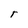
Character: r